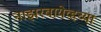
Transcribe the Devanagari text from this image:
नाझरबायेव्हच्या